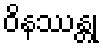
ဝိနဿန္တု